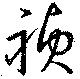
禎